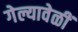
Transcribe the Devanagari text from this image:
गेल्यावेळीं